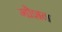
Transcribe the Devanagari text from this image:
गोशन